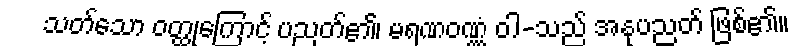
သတ်သော ဝတ္ထုကြောင့် ပညတ်၏၊ မရဏဝဏ္ဏံ ဝါ-သည် အနုပညတ် ဖြစ်၏။